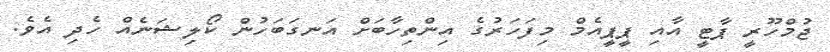
ޖުމްހޫރީ ޕާޓީ އާއި ޕީޕީއެމް މިފަހަރުގެ އިންތިހާބަށް އަނގަބަހުން ކޯލިޝަނެއް ހެދި އެވެ.